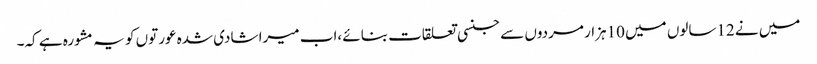
میں نے 12سالوں میں 10ہزار مردوں سے جنسی تعلقات بنائے ،اب میرا شادی شدہ عورتوں کو یہ مشورہ ہے کہ۔